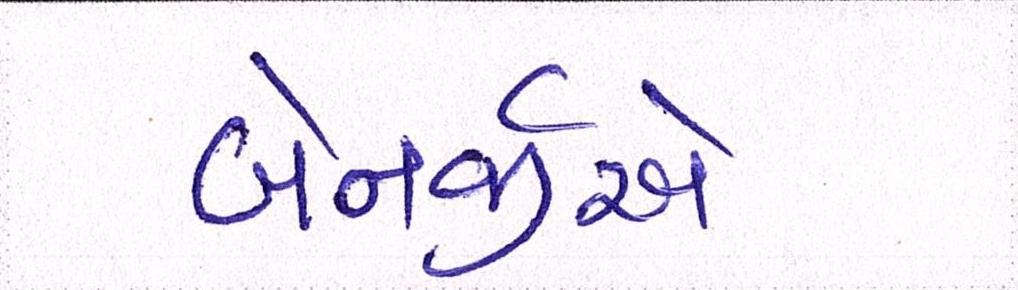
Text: બેનર્જીએ